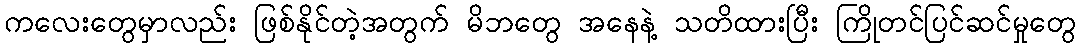
ကလေးတွေမှာလည်း ဖြစ်နိုင်တဲ့အတွက် မိဘတွေ အနေနဲ့ သတိထားပြီး ကြိုတင်ပြင်ဆင်မှုတွေ